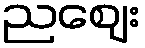
ညဈေး